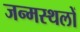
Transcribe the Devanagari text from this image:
जन्मस्थलों